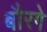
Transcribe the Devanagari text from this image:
बौरगे